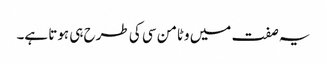
یہ صفت میں وٹامن سی کی طرح ہی ہوتا ہے۔